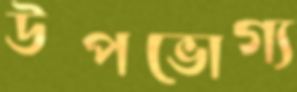
উপভোগ্য